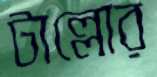
টাল্লোর